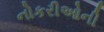
નોકરીઓની